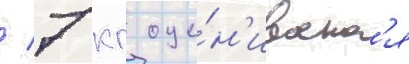
/ 7 кг оце́н'иваетс'я